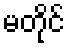
မတိုင်